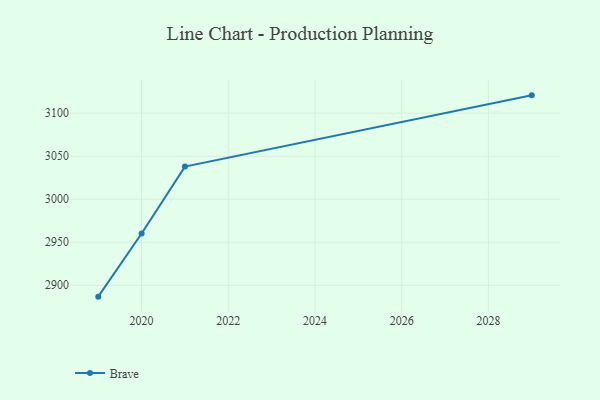
{"axis": {"x": "Year", "y": "Customer Acquisition Cost (USD)"}, "legend": ["Brave"], "data": [{"x": "2029", "y": 3120.7, "type": "Brave"}, {"x": "2021", "y": 3037.9, "type": "Brave"}, {"x": "2020", "y": 2960.2, "type": "Brave"}, {"x": "2019", "y": 2886.8, "type": "Brave"}]}